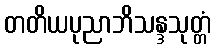
တတိယပုညာဘိသန္ဒသုတ္တံ